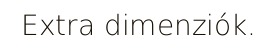
Extra dimenziók.